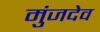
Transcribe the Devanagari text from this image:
मुंजदेव